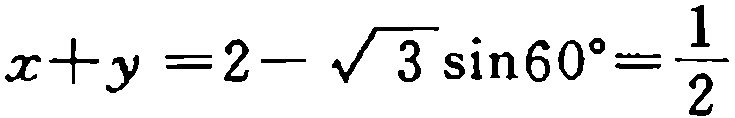
\(x + y = 2 - \sqrt{3} \sin 60^{\circ} = \frac{1}{2}\)